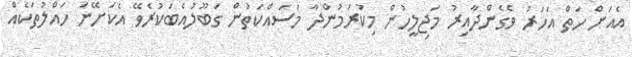
އެއަށް ހަތް އަހަރު ވެގެންދާއިރު މަޖިލީހުން މިކުރަމުންދާ މަސައްކަތުން ގަބޫލުއެބަކުރެވޭ އެކަށޭނަ ހައްލުތަކެއް